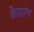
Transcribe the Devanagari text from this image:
केप्रारंभ